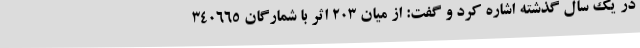
در یک سال گذشته اشاره کرد و گفت: از میان 203 اثر با شمارگان 340665